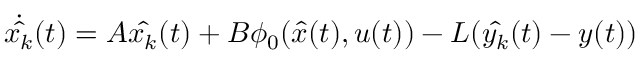
{ \dot { \hat { x _ { k } } } } ( t ) = A { \hat { x _ { k } } } ( t ) + B \phi _ { 0 } ( { \hat { x } } ( t ) , u ( t ) ) - L ( { \hat { y _ { k } } } ( t ) - y ( t ) )